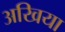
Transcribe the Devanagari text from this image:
अखिया